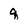
Character: q